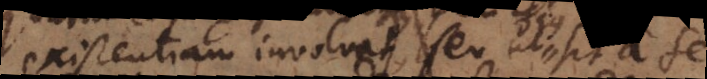
existentiam involvit, seu quod est Ens